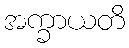
အက္ခာယတိ